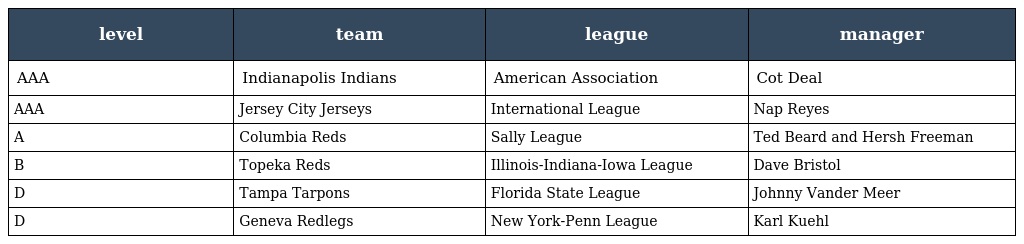
| level | team | league | manager |
 | --- | --- | --- | --- |
 | AAA | Indianapolis Indians | American Association | Cot Deal |
 | AAA | Jersey City Jerseys | International League | Nap Reyes |
 | A | Columbia Reds | Sally League | Ted Beard and Hersh Freeman |
 | B | Topeka Reds | Illinois-Indiana-Iowa League | Dave Bristol |
 | D | Tampa Tarpons | Florida State League | Johnny Vander Meer |
 | D | Geneva Redlegs | New York-Penn League | Karl Kuehl |